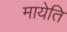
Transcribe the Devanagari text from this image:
मायेति